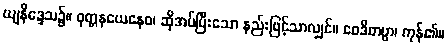
ယျနိဒ္ဒေသ၌။ ဝုတ္တနယေနေဝ၊ ဆိုအပ်ပြီးသော နည်းဖြင့်သာလျှင်။ ဝေဒိတဗ္ဗာ၊ ကုန်၏။